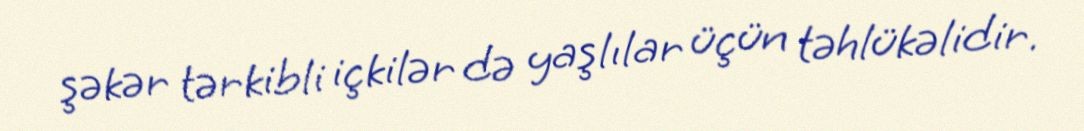
şəkər tərkibli içkilər də yaşlılar üçün təhlükəlidir.